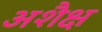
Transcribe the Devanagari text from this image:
अशैक्ष